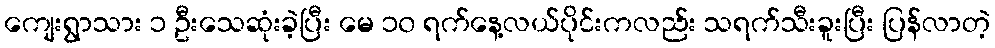
ကျေးရွာသား ၁ ဦးသေဆုံးခဲ့ပြီး မေ ၁၀ ရက်နေ့လယ်ပိုင်းကလည်း သရက်သီးခူးပြီး ပြန်လာတဲ့